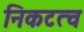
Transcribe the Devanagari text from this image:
निकटत्व